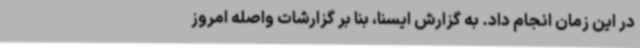
در این زمان انجام داد. به گزارش ایسنا، بنا بر گزارشات واصله امروز